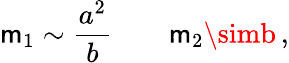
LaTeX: \mathsf{m}_{1}\sim{\frac{{a^{2}}}{{b}}}\qquad\mathsf{m}_{2}\simb\, ,